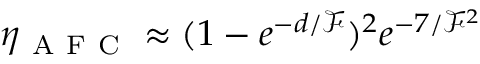
\eta _ { \mathrm { ~ A ~ F ~ C ~ } } \approx ( 1 - e ^ { - d / \mathscr { F } } ) ^ { 2 } e ^ { - 7 / \mathscr { F } ^ { 2 } }